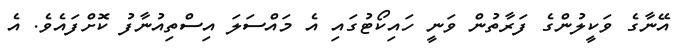
އޭނާގެ ވަކީލުންގެ ފަރާތުން ވަނީ ހައިކޯޓުގައި އެ މައްސަލަ އިސްތިއުނާފު ކޮށްފައެވެ. އެ